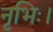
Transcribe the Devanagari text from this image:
नृभिः।